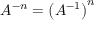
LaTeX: A ^ { - n } = \left( A ^ { - 1 } \right) ^ { n }